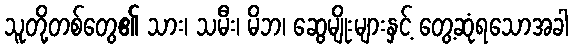
သူတို့တစ်တွေ၏ သား၊ သမီး၊ မိဘ၊ ဆွေမျိုးများနှင့် တွေ့ဆုံရသောအခါ